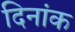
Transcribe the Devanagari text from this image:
दिनांक